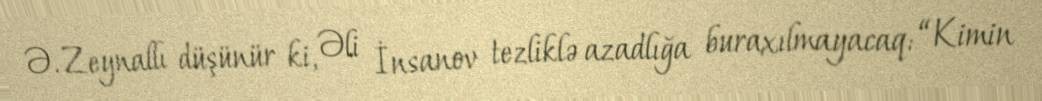
Ə. Zeynallı düşünür ki, Əli İnsanov tezliklə azadlığa buraxılmayacaq: “Kimin